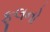
ફૂલનો